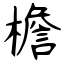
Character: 檐